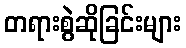
တရားစွဲဆိုခြင်းများ